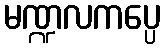
မဏ္ဍလကပ္ပေ